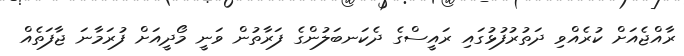
ރާއްޖެއަށް ކުރެއްވި ދަތުރުފުޅުގައި ރައީސްގެ ދެކަނބަލުންގެ ފަރާތުން ވަނީ މޯދީއަށް ފުރަމާނަ ޖާފަތެއް